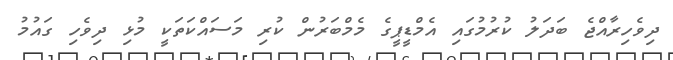
ދިވެހިރާއްޖެ ބަދަލު ކުރުމުގައި އެމްޑީޕީގެ މެމްބަރުން ކުރި މަސައްކަތަކީ މުޅި ދިވެހި ގައުމު